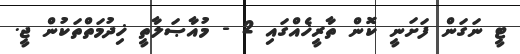
ޓީ ނަގަން ފަށަނީ ކޮން ތާރީޚެއްގައި 2 - މުއާޞަލާތީ ޚިދުމަތްތަކުން ޖީ.